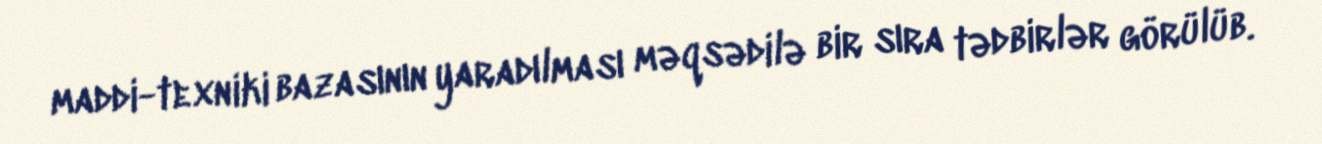
maddi-texniki bazasının yaradılması məqsədilə bir sıra tədbirlər görülüb.